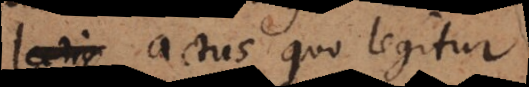
lectio actus quo legitur